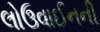
લોઉવાઈનની